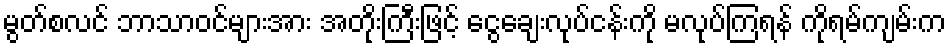
မွတ်စလင် ဘာသာဝင်များအား အတိုးကြီးဖြင့် ငွေချေးလုပ်ငန်းကို မလုပ်ကြရန် ကိုရမ်ကျမ်းက